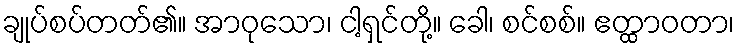
ချုပ်စပ်တတ်၏။ အာဝုသော၊ ငါ့ရှင်တို့။ ခေါ၊ စင်စစ်။ ဧတ္ထာဝတာ၊